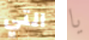
التي يا